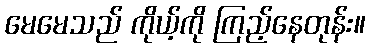
မေမေသည် ကိုယ့်ကို ကြည့်နေတုန်း။